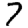
Digit: 7